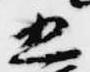
五